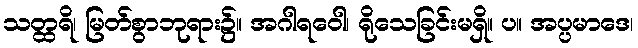
သတ္ထရိ၊ မြတ်စွာဘုရား၌။ အဂါရဝေါ၊ ရိုသေခြင်းမရှိ။ ပ။ အပ္ပမာဒေ၊